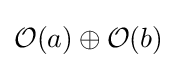
{\mathcal {O}}(a)\oplus {\mathcal {O}}(b)